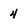
Character: 4